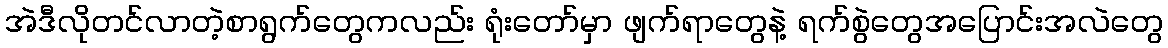
အဲဒီလိုတင်လာတဲ့စာရွက်တွေကလည်း ရုံးတော်မှာ ဖျက်ရာတွေနဲ့ ရက်စွဲတွေအပြောင်းအလဲတွေ